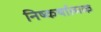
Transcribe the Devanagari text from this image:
निष्कर्षात्मक